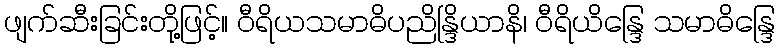
ဖျက်ဆီးခြင်းတို့ဖြင့်။ ဝီရိယသမာဓိပညိန္ဒြိယာနိ၊ ဝီရိယိန္ဒြေ သမာဓိန္ဒြေ